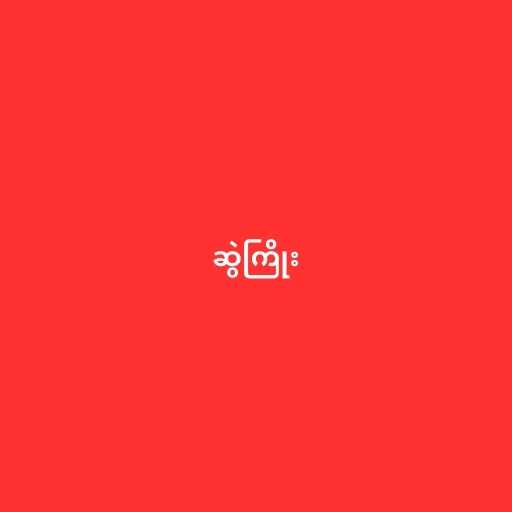
ဆွဲကြိုး